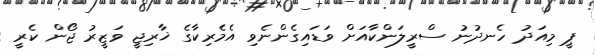
ޕީ މިއަދު ހެނދުނު ސްރީލަންކާއަށް ވަޑައިގެންނެވި އެމެރިކާގެ ޚާރިޖީ ވަޒީރު ޖޯން ކެރީ